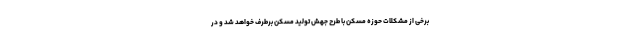
برخی از مشکلات حوزه مسکن با طرح جهش تولید مسکن برطرف خواهد شد و در